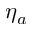
\eta _ { a }